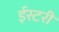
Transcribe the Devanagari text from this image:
ईस्टरी